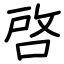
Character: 啓